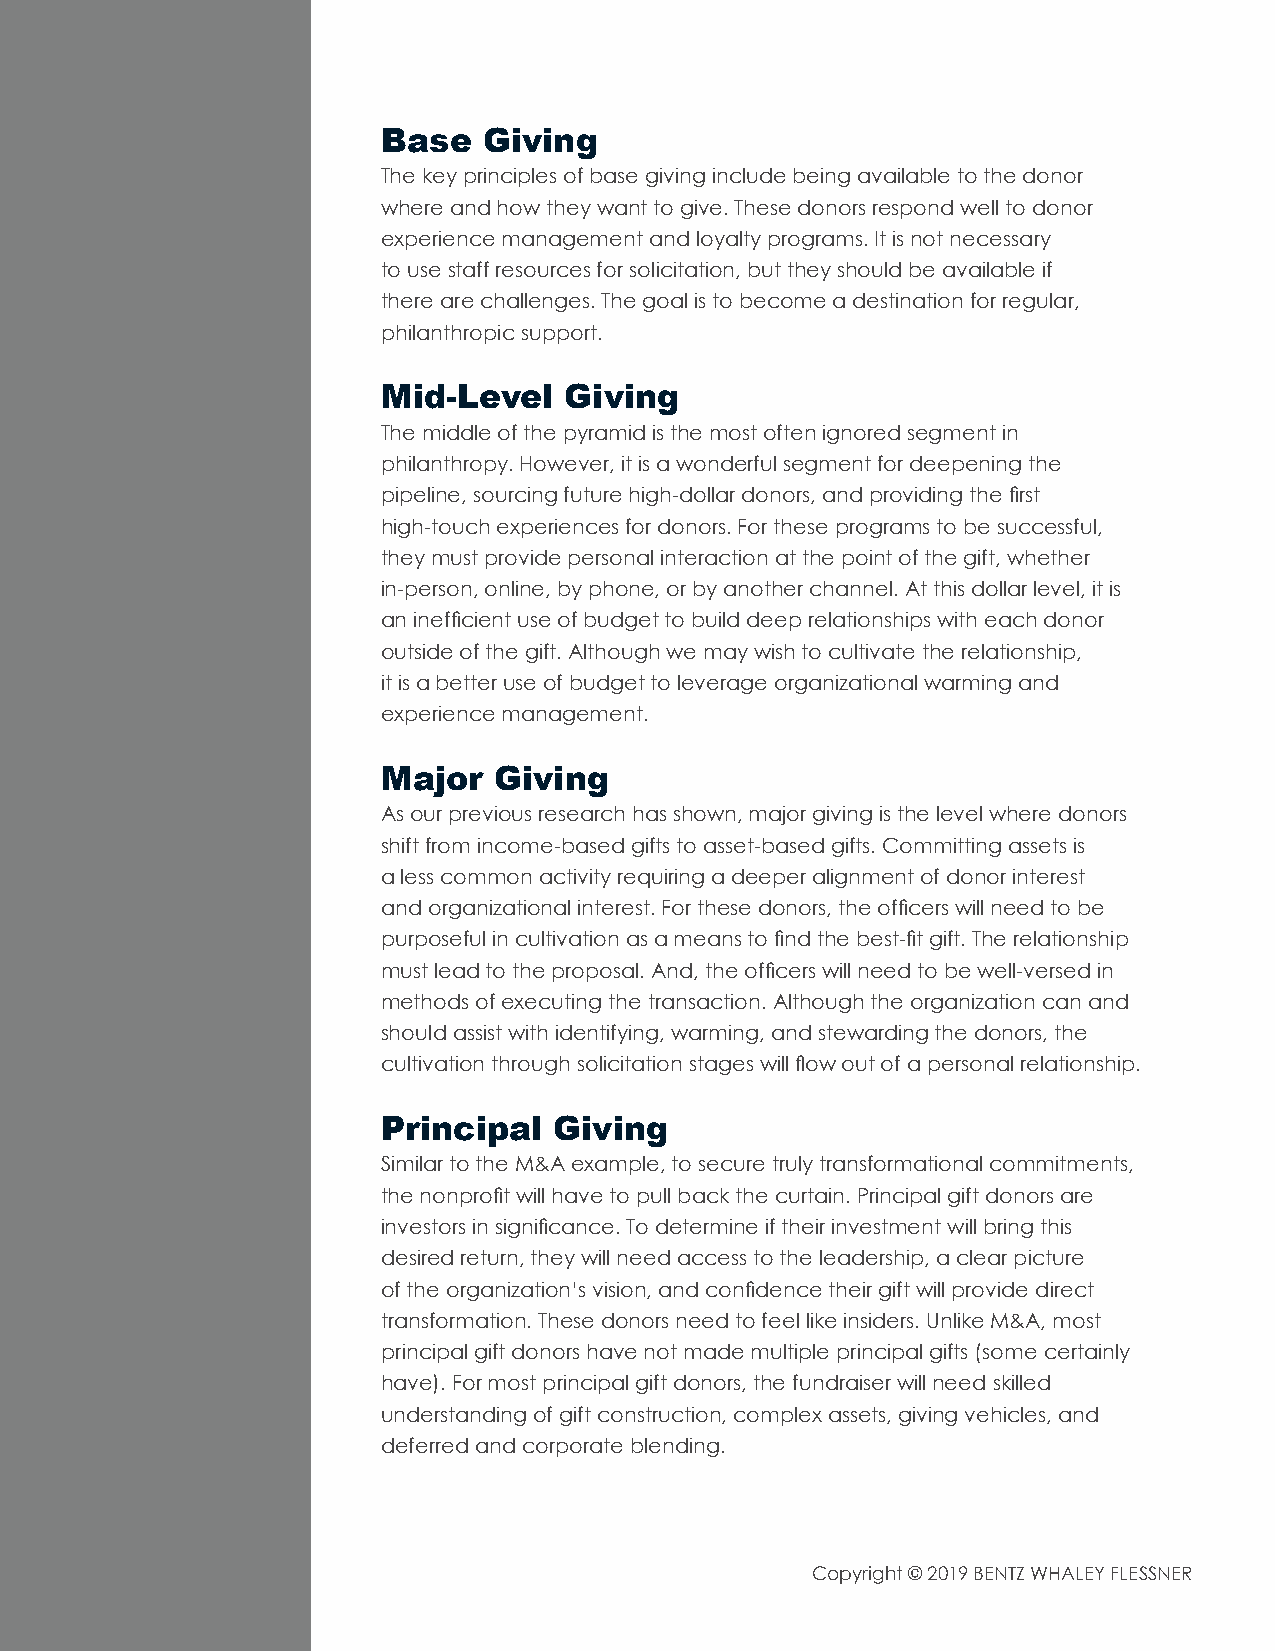
Base   Giving
 The key principles of base giving include being available to the donor
 where and how they want to give. These donors respond well to donor
 experience management and loyalty programs. It is not necessary
 to use staff resources for solicitation, but they should be available if
 there are challenges. The goal is to become a destination for regular,
 philanthropic support.
 Mid-Level   Giving
 The middle of the pyramid is the most often ignored segment in
 philanthropy. However, it is a wonderful segment for deepening the
 pipeline, sourcing future high-dollar donors, and providing the first
 high-touch experiences for donors. For these programs to be successful,
 they must provide personal interaction at the point of the gift, whether
 in-person, online, by phone, or by another channel. At this dollar level, it is
 an inefficient use of budget to build deep relationships with each donor
 outside of the gift. Although we may wish to cultivate the relationship,
 it is a better use of budget to leverage organizational warming and
 experience management.
 Major   Giving
 As our previous research has shown, major giving is the level where donors
 shift from income-based gifts to asset-based gifts. Committing assets is
 a less common activity requiring a deeper alignment of donor interest
 and organizational interest. For these donors, the officers will need to be
 purposeful in cultivation as a means to find the best-fit gift. The relationship
 must lead to the proposal. And, the officers will need to be well-versed in
 methods of executing the transaction. Although the organization can and
 should assist with identifying, warming, and stewarding the donors, the
 cultivation through solicitation stages will flow out of a personal relationship.
 Principal   Giving
 Similar to the M&A example, to secure truly transformational commitments,
 the nonprofit will have to pull back the curtain. Principal gift donors are
 investors in significance. To determine if their investment will bring this
 desired return, they will need access to the leadership, a clear picture
 of the organization’s vision, and confidence their gift will provide direct
 transformation. These donors need to feel like insiders. Unlike M&A, most
 principal gift donors have not made multiple principal gifts (some certainly
 have). For most principal gift donors, the fundraiser will need skilled
 understanding of gift construction, complex assets, giving vehicles, and
 deferred and corporate blending.
 Copyright © 2019 BENTZ WHALEY FLESSNER